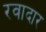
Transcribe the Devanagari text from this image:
रवादार